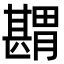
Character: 𦡾